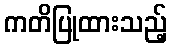
ကတိပြုထားသည့်